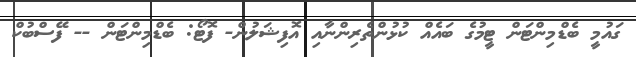
ގައުމީ ބެޑްމިންޓަން ޓީމުގެ ބައެއް ކުޅުންތެރިންނާއި އޮފިޝަލުން- ފޮޓޯ: ބެޑްމިންޓަން -- ފޭސްބުކް